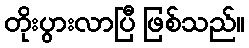
တိုးပွားလာပြီ ဖြစ်သည်။